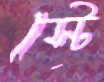
স্টে